Report of the Indian Hemp Drugs Commission, 1894-1895 - Volume VII
Year: 1894
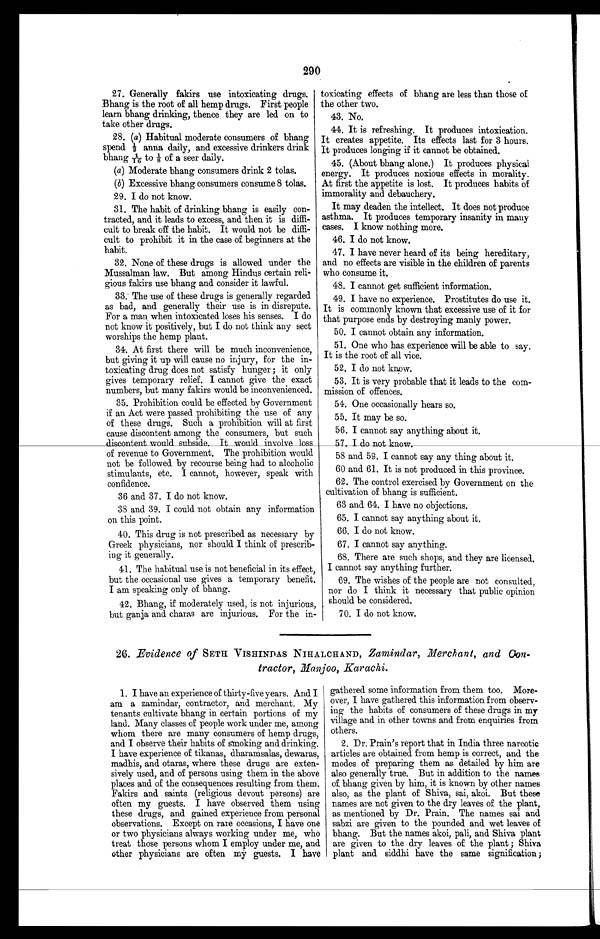
290
27. Generally fakirs use intoxicating drugs.
Bhang is the root of all hemp drugs. First people
learn bhang drinking, thence they are led on to
take other drugs.
28. (a) Habitual moderate consumers of bhang
s p e n d ½ a n n a d a i l y , a n d e x c e s s i v e d r i n k e r s d r i n k
bhang 1/16 to⅛ o f a s e e r d a i l y .
(a) Moderate bhang consumers drink 2 tolas.
(b) Excessive bhang consumers consume 8 tolas.
29. I do not know.
31. The habit of drinking bhang is easily con-
tracted, and it leads to excess, and then it is diffi-
cult to break off the habit. It would not be diffi-
cult to prohibit it in the case of beginners at the
habit.
32. None of these drugs is allowed under the
Mussalman law. But among Hindus certain reli-
gious fakirs use bhang and consider it lawful.
33. The use of these drugs is generally regarded
as bad, and generally their use is in disrepute.
For a man when intoxicated loses his senses. I do
not know it positively, but I do not think any sect
worships the hemp plant.
34. At first there will be much inconvenience,
but giving it up will cause no injury, for the in-
toxicating drug does not satisfy hunger; it only
gives temporary relief. I cannot give the exact
numbers, but many fakirs would be inconvenienced.
35. Prohibition could be effected by Government
if an Act were passed prohibiting the use of any
of these drugs. Such a prohibition will at first
cause discontent among the consumers, but such
discontent would subside. It would involve loss
of revenue to Government. The prohibition would
not be followed by recourse being had to alcoholic
stimulants, etc. I cannot, however, speak with
confidence.
36 and 37. I do not know.
38 and 39. I could not obtain any information
on this point.
40. This drug is not prescribed as necessary by
Greek physicians, nor should I think of prescrib-
ing it generally.
41. The habitual use is not beneficial in its effect,
but the occasional use gives a temporary benefit.
I am speaking only of bhang.
42. Bhang, if moderately used, is not injurious,
but ganja and charas are injurious. For the in-
toxicating effects of bhang are less than those of
the other two.
43. No.
44. It is refreshing. It produces intoxication.
It creates appetite. Its effects last for 3 hours.
It produces longing if it cannot be obtained.
45. (About bhang alone.) It produces physical
energy. It produces noxious effects in morality.
At first the appetite is lost. It produces habits of
immorality and debauchery.
It may deaden the intellect. It does not produce
asthma. It produces temporary insanity in many
cases. I know nothing more.
46. I do not know.
47. I have never heard of its being hereditary,
and no effects are visible in the children of parents
who consume it.
48. I cannot get sufficient information.
49. I have no experience. Prostitutes do use it.
It is commonly known that excessive use of it for
that purpose ends by destroying manly power.
50. I cannot obtain any information.
51. One who has experience will be able to say.
It is the root of all vice.
52. I do not know.
53. It is very probable that it leads to the com-
mission of offences.
54. One occasionally hears so.
55. It may be so.
56. I cannot say anything about it.
57.
I do not know.
58 and 59. I cannot say any thing about it.
60 and 61. It is not produced in this province.
62. The control exercised by Government on the
cultivation of bhang is sufficient.
63 and. 64. I have no objections.
65. I cannot say anything about it.
66. I do not know.
67. I cannot say anything.
68. There are such shops, and they are licensed.
I cannot say anything further.
69. The wishes of the people are not consulted,
nor do I think it necessary that public opinion
should be considered.
70. I do not know.
26. Evidence of SETH VISHINDAS NIHALCHAND, Zamindar, Merchant, and Con-
tractor, Manjoo, Karachi.
1. I have an experience of thirty-five years. And I
am a zamindar, contractor, and merchant. My
tenants cultivate bhang in certain portions of my
land. Many classes of people work under me, among
whom there are many consumers of hemp drugs,
and I observe their habits of smoking and drinking.
I have experience of tikanas, dharamsalas, dewaras,
madhis, and otaras, where these drugs are exten-
sively used, and of persons using them in the above
places and of the consequences resulting from them.
Fakirs and saints (religious devout persons) are
often my guests. I have observed them using
these drugs, and gained experience from personal
observations. Except on rare occasions, I have one
or two physicians always working under me, who
treat those persons whom I employ under me, and
other physicians are often my guests. I have
gathered some information from them too. More-
over, I have gathered this information from observ-
ing the habits of consumers of these drugs in my
village and in other towns and from enquiries from
others.
2. Dr. Prain's report that in India three narcotic
articles are obtained from hemp is correct, and the
modes of preparing them as detailed by him are
also generally true. But in addition to the names
of bhang given by him, it is known by other names
also, as the plant of Shiva, sai, akoi. But these
names are not given to the dry leaves of the plant,
as mentioned by Dr. Prain. The names sai and
sabzi are given to the pounded and wet leaves of
bhang. But the names akoi, pali, and Shiva plant
are given to the dry leaves of the plant; Shiva
plant and siddhi have the same signification;